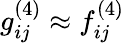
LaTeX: g_{ij}^{(4)}\approx f_{ij}^{(4)}